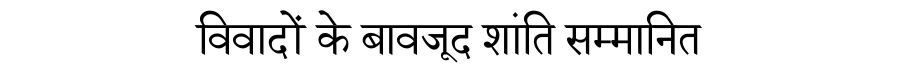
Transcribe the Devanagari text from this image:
विवादों के बावजूद शांति सम्मानित